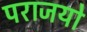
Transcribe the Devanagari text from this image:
पराजयो